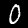
Label: 0